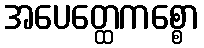
အပေတ္ထေကစ္စော